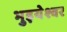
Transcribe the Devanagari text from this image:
भुइयेश्वर